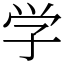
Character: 学